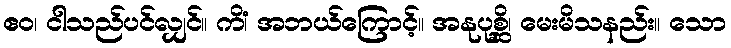
ဧဝ၊ ငါသည်ပင်လျှင်။ ကိံ၊ အဘယ်ကြောင့်။ အနုပုစ္ဆိ၊ မေးမိသနည်း။ သော